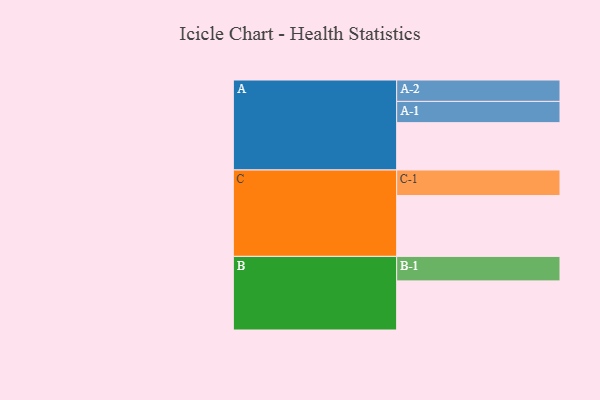
{"axis": {"x": "Segment", "y": "Value"}, "legend": ["", "A", "B", "C"], "data": [{"x": "A", "y": 396, "type": ""}, {"x": "B", "y": 411, "type": ""}, {"x": "C", "y": 509, "type": ""}, {"x": "A-1", "y": 178, "type": "A"}, {"x": "A-2", "y": 179, "type": "A"}, {"x": "B-1", "y": 205, "type": "B"}, {"x": "C-1", "y": 214, "type": "C"}]}